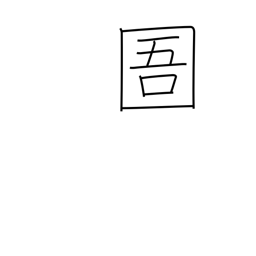
Meaning: prison